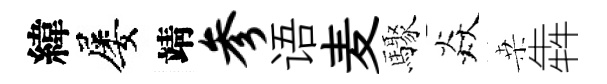
緯屡靖参语麦驟焱桒犇